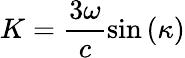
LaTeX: K=\frac{3\omega}{c}\sin{\left(\kappa\right)}